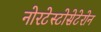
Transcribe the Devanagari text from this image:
नोरटेस्टोसेटेरोन